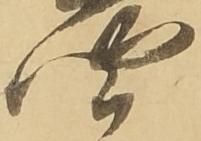
聞